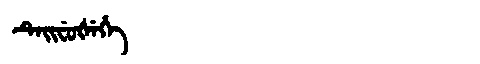
Manchu: ᡨᡝᡳᠸᡠᡧᡝᡥᡝ
Romanization: TEIFUŠEHE